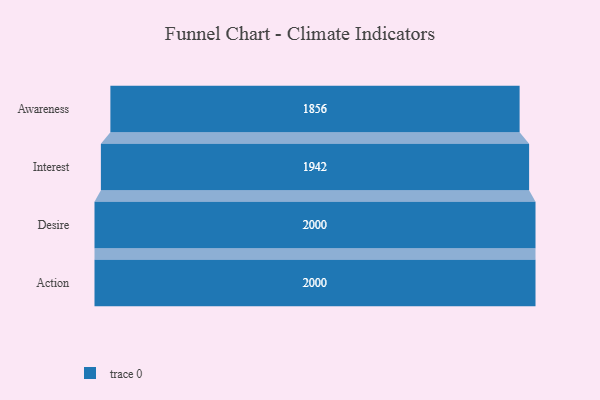
{"axis": {"x": "Stage", "y": "Value"}, "legend": [""], "data": [{"x": "Awareness", "y": 1856.0, "type": ""}, {"x": "Interest", "y": 1942.0, "type": ""}, {"x": "Desire", "y": 2000, "type": ""}, {"x": "Action", "y": 2000, "type": ""}]}